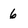
Character: 6